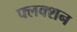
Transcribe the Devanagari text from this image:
फ्लक्शन